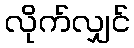
လိုက်လျှင်